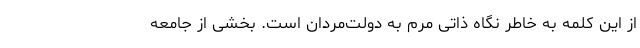
از این کلمه به خاطر نگاه ذاتی مرم به دولت‌مردان است. بخشی از جامعه